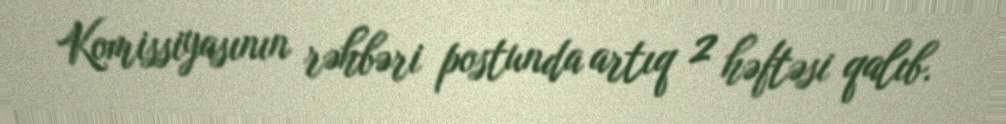
Komissiyasının rəhbəri postunda artıq 2 həftəsi qalıb.